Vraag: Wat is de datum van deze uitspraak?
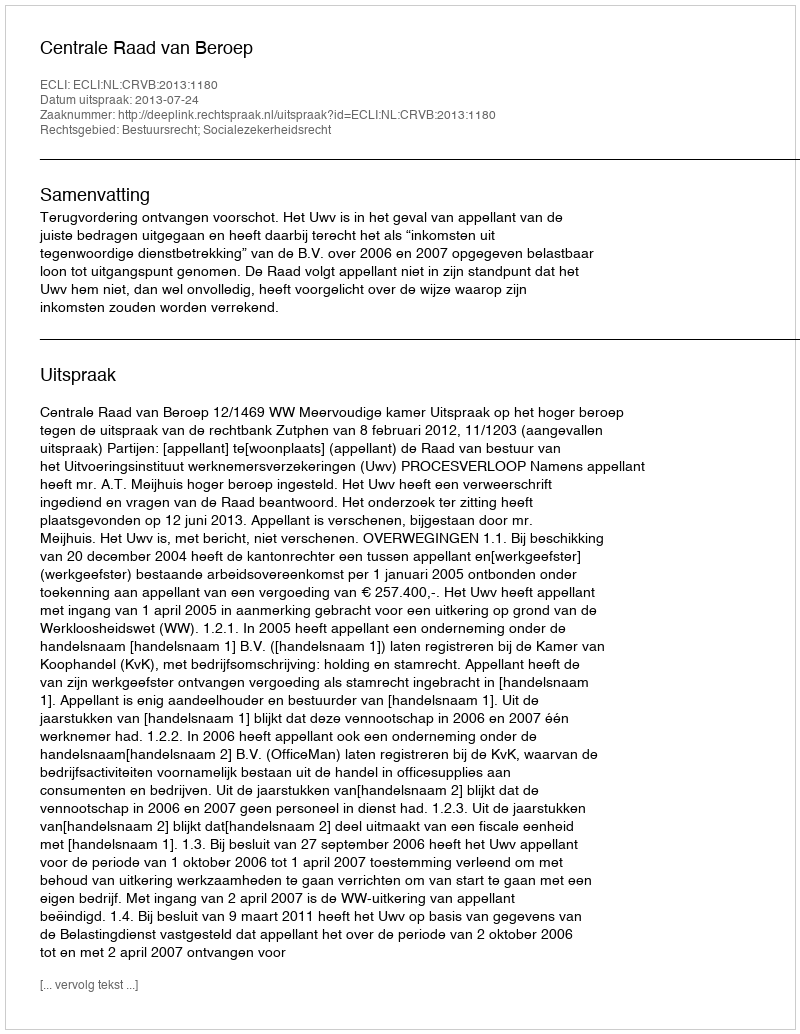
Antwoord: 2013-07-24